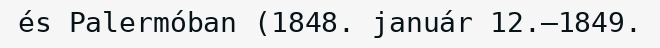
és Palermóban (1848. január 12.–1849.